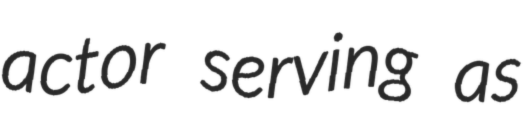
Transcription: actor serving as